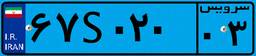
۶۷S۰۲۰۰۳